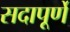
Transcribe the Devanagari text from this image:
सदापूर्णे